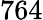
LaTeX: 764